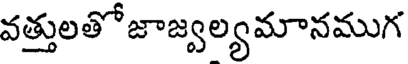
వత్తులతోజాజ్వల్యమానముగ